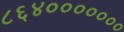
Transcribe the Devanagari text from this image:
८६४०००००००